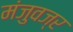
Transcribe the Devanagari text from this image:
मंजुवज्र